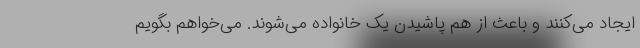
ایجاد می‌کنند و باعث از هم پاشیدن یک خانواده می‌شوند. می‌خواهم بگویم